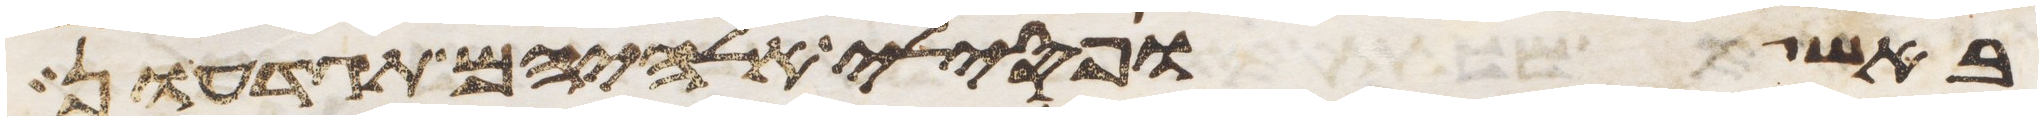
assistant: באש ופסילי אלהיהם תגדעון